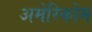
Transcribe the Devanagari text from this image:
अमेरिकोम